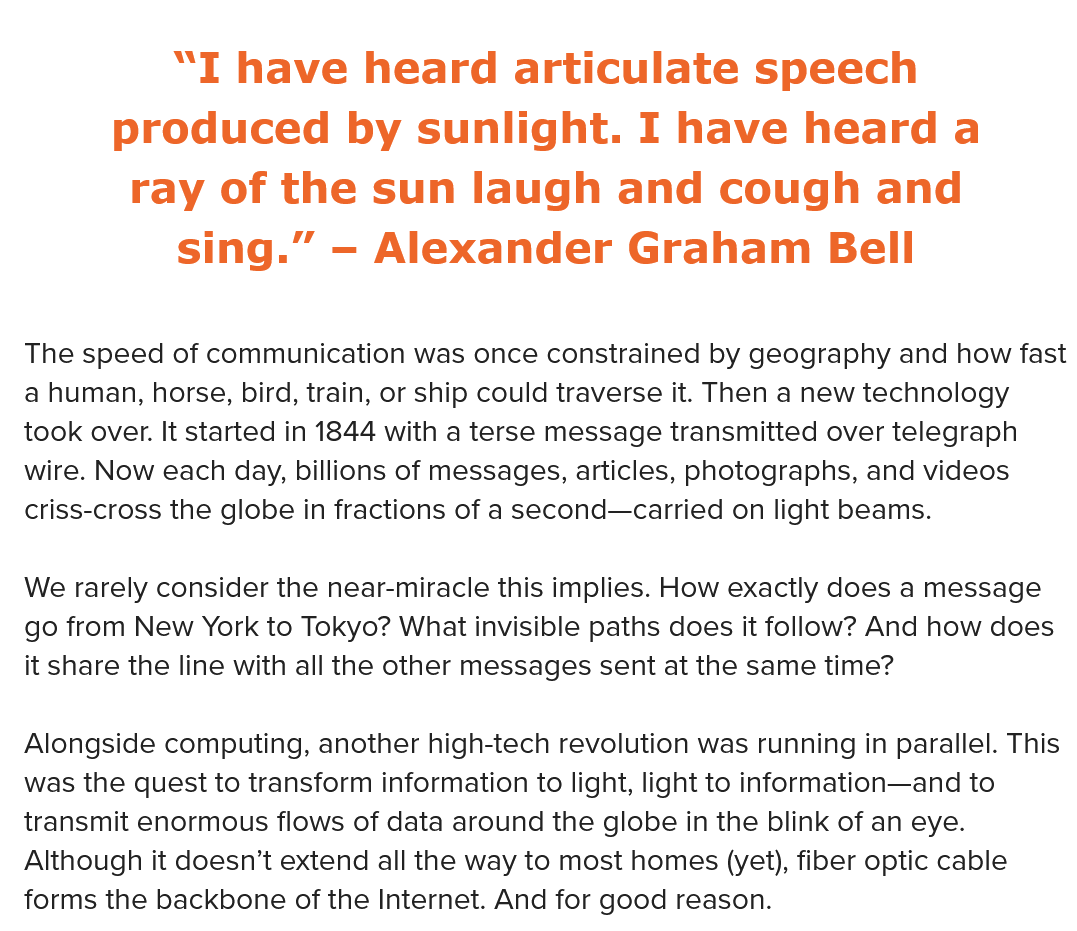
“I   have    heard    articulate    speech
     produced    by   sunlight.    I have    heard    a
     ray   of   the   sun    laugh    and    cough    and
     sing.”    —  Alexander    Graham    Bell
  The speed of communication was once constrained by geography and how fast
  a human, horse, bird, train, or ship could traverse it. Then a new technology
  took over. It started in 1844 with a terse message transmitted over telegraph
  wire. Now each day, billions of messages, articles, photographs, and videos
  criss-cross the globe in fractions of a second—carried on light beams.
  We rarely consider the near-miracle this implies. How exactly does a message
  go from New York to Tokyo? What invisible paths does it follow? And how does
  it share the line with all the other messages sent at the same time?
  Alongside computing, another high-tech revolution was running in parallel. This
  was the quest to transform information to light, light to information—and to
  transmit enormous flows of data around the globe in the blink of an eye.
  Although it doesn’t extend all the way to most homes (yet), fiber optic cable
  forms the backbone of the Internet. And for good reason.